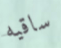
ساقيه